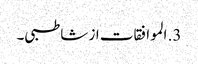
3. الموافقات از شاطبی۔